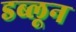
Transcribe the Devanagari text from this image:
डब्लून